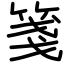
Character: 箋